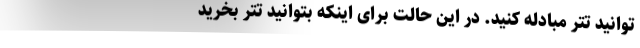
‌توانید تتر مبادله کنید. در این حالت برای اینکه بتوانید تتر بخرید